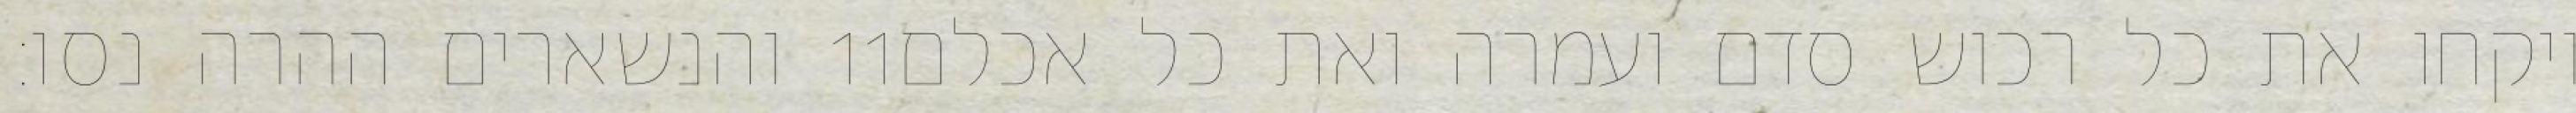
והנשארים ההרה נסו׃ ‎11‏ ויקחו את כל רכוש סדם ועמרה ואת כל אכלם